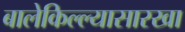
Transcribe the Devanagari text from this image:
बालेकिल्ल्यासारखा